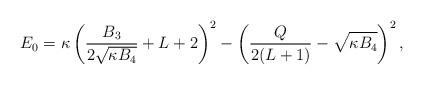
LaTeX: \begin{align*} E_0 = \kappa \left(\frac{B_3}{2 \sqrt{\kappa B_4}} + L +2\right)^2 - \left(\frac{Q}{2(L+1)} - \sqrt{\kappa B_4}\right)^2, \end{align*}